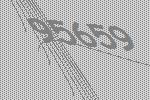
95659